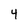
Character: 4